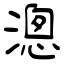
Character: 漗